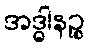
အဒ္ဓါနဉ္စ